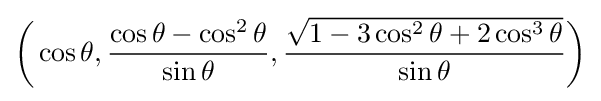
{\biggl (}\cos \theta ,{\cos \theta -\cos ^{2}\theta  \over \sin \theta },{{\sqrt {1-3\cos ^{2}\theta +2\cos ^{3}\theta }} \over \sin \theta }{\biggr )}